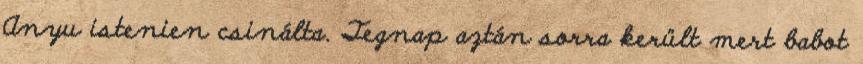
Anyu istenien csinálta. Tegnap aztán sorra került mert babot